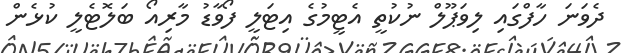
ދެވަނަ ހާފްގައި ލިވަޕޫލް ނުކުތީ އެޓީމުގެ އިޓަލީ ފޯވާޑު މާރިއޯ ބަލޮޓެލީ ކުޅެން